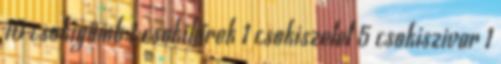
10 csokigömb 1 csokihírek 1 csokiszelet 5 csokiszivar 1